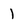
Character: 1